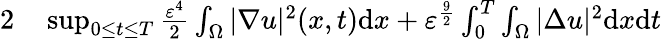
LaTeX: \begin{array}{rl}{{2}}&{{}\operatorname*{sup}_{0\leq t\leq T}\frac{\varepsilon^{4}}{2}\int_{\Omega}|\nabla u|^{2}(x,t)\mathrm{d}x+\varepsilon^{\frac{9}{2}}\int_{0}^{T}\int_{\Omega}|\Delta u|^{2}\mathrm{d}x\mathrm{d}t}\end{array}